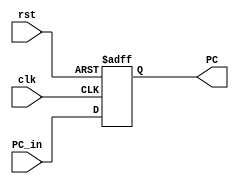
module EXE_Stage_Reg(
    input clk, rst,
    input [31:0] PC_in,
    output reg [31:0] PC
);
    always @(posedge clk, posedge rst) begin
        if(rst) begin
			PC <= 32'b0;
		end
        else begin
            PC <= PC_in;
        end 
    end
endmodule